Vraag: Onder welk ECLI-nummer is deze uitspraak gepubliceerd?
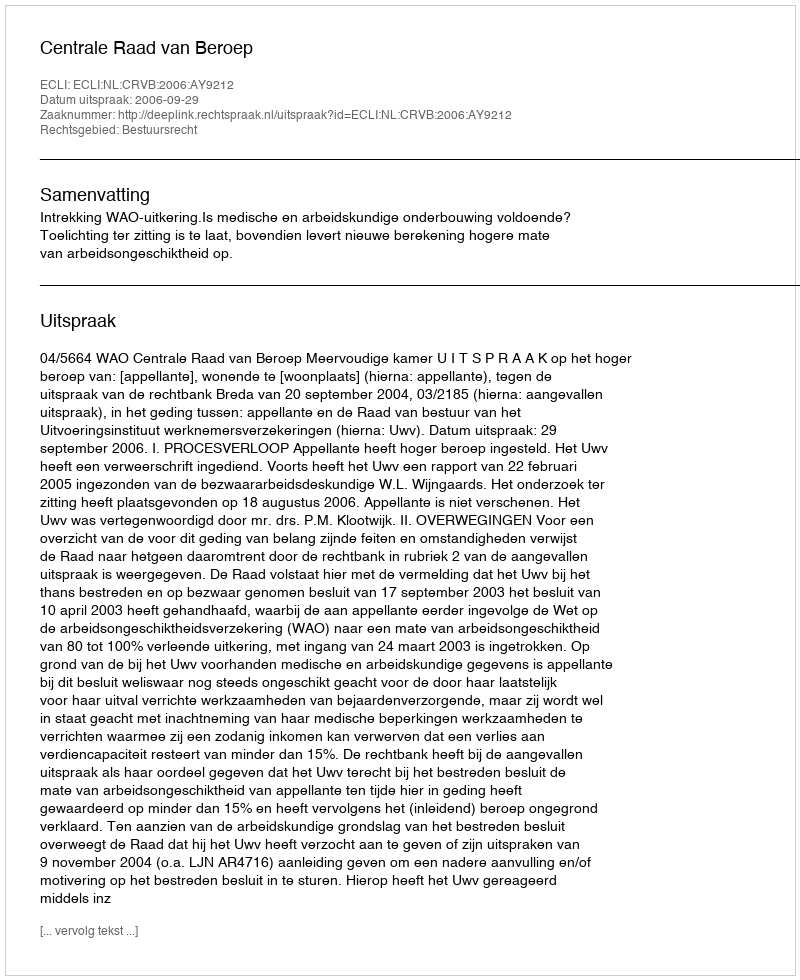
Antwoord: ECLI:NL:CRVB:2006:AY9212